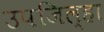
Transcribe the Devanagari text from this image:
उपजिल्हा